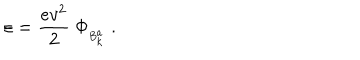
\varepsilon = \frac { e v ^ { 2 } } { 2 } \ \Phi _ { { } _ { B _ { k } ^ { a } } } \ .